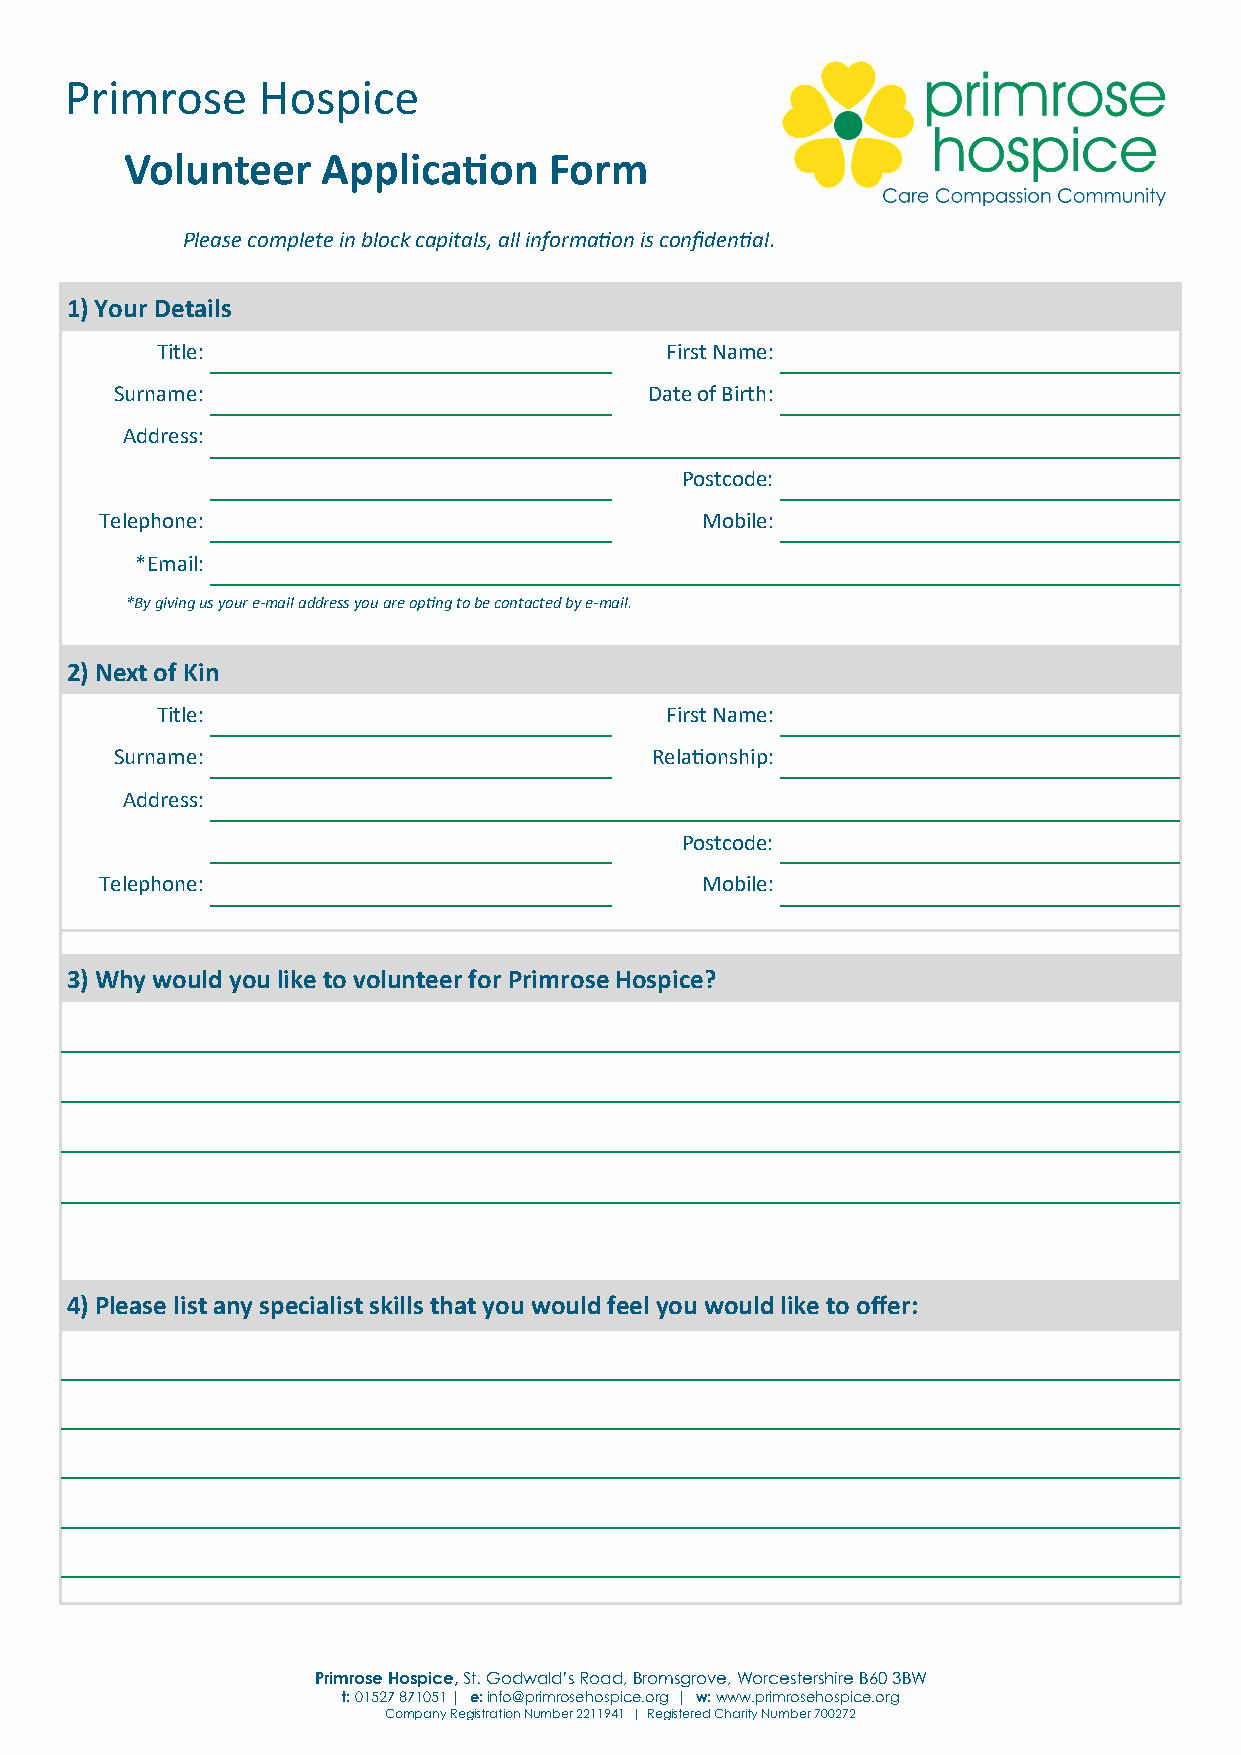
Primrose     Hospice
 Volunteer    Application    Form
 Please complete in block capitals, all information is confidential.
 1) Your Details
 Title:                            First Name:
 Surname:                           Date of Birth:
 Address:
 Postcode:
 Telephone:                             Mobile:
 *Email:
 *By giving us your e-mail address you are opting to be contacted by e-mail.
 2) Next of Kin
 Title:                            First Name:
 Surname:                           Relationship:
 Address:
 Postcode:
 Telephone:                             Mobile:
 3) Why would you like to volunteer for Primrose Hospice?
 4) Please list any specialist skills that you would feel you would like to offer:
 Primrose Hospice, St. Godwald’s Road, Bromsgrove, Worcestershire B60 3BW
 t: 01527 871051 | e: info@primrosehospice.org | w: www.primrosehospice.org
 Company Registration Number 2211941 | Registered Charity Number 700272